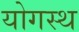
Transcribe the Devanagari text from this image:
योगस्थ